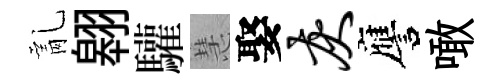
亂翱驩慧娶灰譍噉